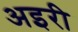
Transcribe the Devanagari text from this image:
अइरी